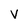
Character: V